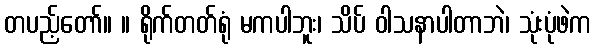
တပည့်တော်။ ။ ရိုက်တတ်ရုံ မကပါဘူး၊ သိပ် ဝါသနာပါတာဘဲ၊ သုံးပုံဖဲက